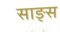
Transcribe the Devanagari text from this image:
साङ्स